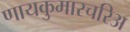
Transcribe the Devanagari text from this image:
णायकुमारचरिअ